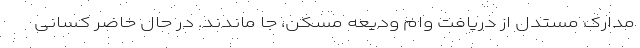
مدارک مستدل از دریافت وام ودیعه مسکن، جا ماندند. در حال حاضر کسانی